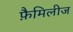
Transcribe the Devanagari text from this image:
फ़ैमिलीज